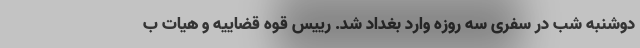
دوشنبه شب در سفری سه روزه وارد بغداد شد. رییس قوه قضاییه و هیات ب